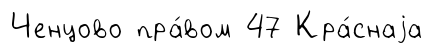
Ченцово пра́вом 47 Кра́снаjа